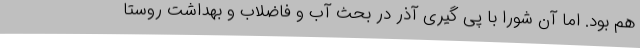
هم بود. اما آن شورا با پی گیری آذر در بحث آب و فاضلاب و بهداشت روستا